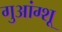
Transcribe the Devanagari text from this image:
गुआंग्शू